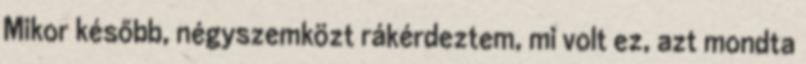
Mikor később, négyszem­közt rákérdeztem, mi volt ez, azt mondta